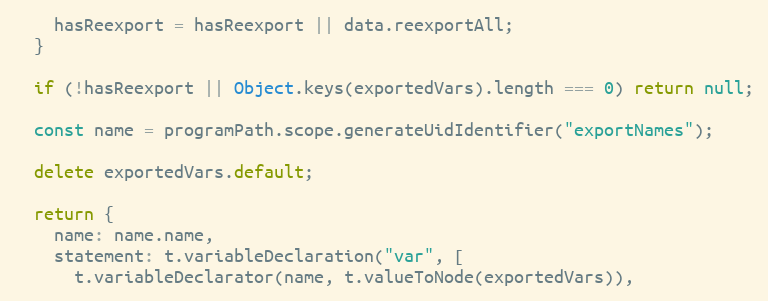
Language: JavaScript
    hasReexport = hasReexport || data.reexportAll;
  }

  if (!hasReexport || Object.keys(exportedVars).length === 0) return null;

  const name = programPath.scope.generateUidIdentifier("exportNames");

  delete exportedVars.default;

  return {
    name: name.name,
    statement: t.variableDeclaration("var", [
      t.variableDeclarator(name, t.valueToNode(exportedVars)),